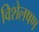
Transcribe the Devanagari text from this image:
विशेलषण